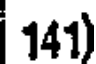
141)